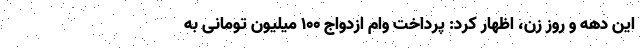
این دهه و روز زن، اظهار کرد: پرداخت وام ازدواج ۱۰۰ میلیون تومانی به